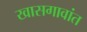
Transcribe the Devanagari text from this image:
खासगावांत